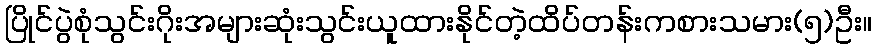
ပြိုင်ပွဲစုံသွင်းဂိုးအများဆုံးသွင်းယူထားနိုင်တဲ့ထိပ်တန်းကစားသမား(၅)ဦး။